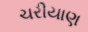
ચરીયાણ